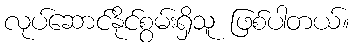
လုပ်ဆောင်နိုင်စွမ်းရှိသူ ဖြစ်ပါတယ်။